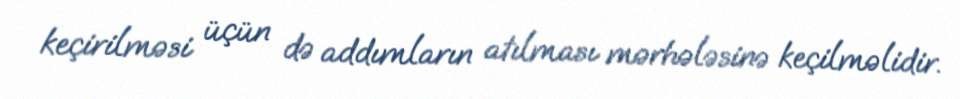
keçirilməsi üçün də addımların atılması mərhələsinə keçilməlidir.